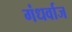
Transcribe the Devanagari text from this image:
गंधर्वाज